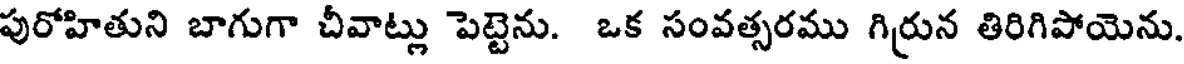
పురోహితుని బాగుగా చీవాట్లు పెట్టెను. ఒక సంవత్సరము గిర్రున తిరిగిపోయెను.